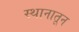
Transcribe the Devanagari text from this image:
स्थानातून